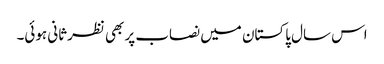
اس سال پاکستان میں نصاب پر بھی نظرثانی ہوئی۔